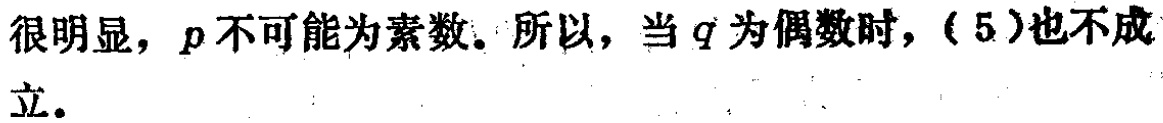
很明显，$p$不可能为素数。所以，当$q$为偶数时，\((5)\)也不成立。